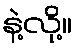
နဲ့လို့။